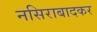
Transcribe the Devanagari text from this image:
नसिराबादकर